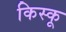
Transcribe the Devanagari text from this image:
किस्‍कू